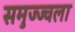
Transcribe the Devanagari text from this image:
समुज्ज्वला